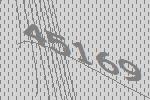
45169